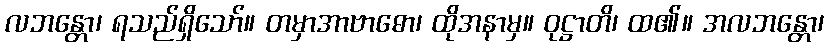
လဘန္တော၊ ရသည်ရှိသော်။ တမှာအာဗာဓော၊ ထိုအနာမှ။ ဝုဋ္ဌာတိ၊ ထ၏။ အလဘန္တော၊